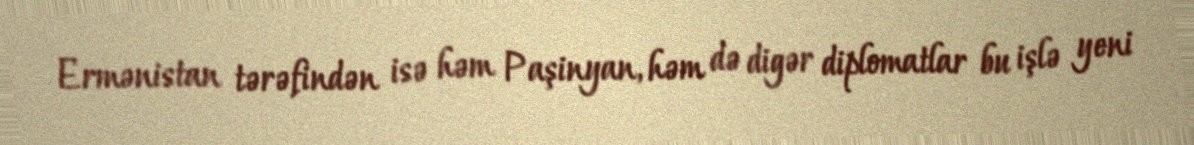
Ermənistan tərəfindən isə həm Paşinyan, həm də digər diplomatlar bu işlə yeni